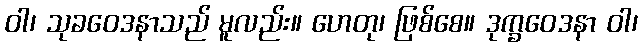
ဝါ၊ သုခဝေဒနာသည် မူလည်း။ ဟေတု၊ ဖြစ်စေ။ ဒုက္ခဝေဒနာ ဝါ၊